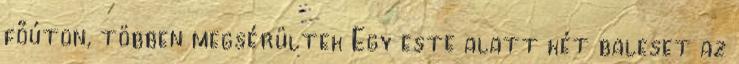
főúton, többen megsérültek Egy este alatt két baleset az